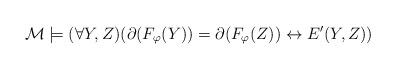
LaTeX: \begin{align*}\mathcal M \models (\forall Y,Z)(\partial (F_\varphi(Y))=\partial(F_\varphi(Z)) \leftrightarrow E'(Y,Z) )\end{align*}